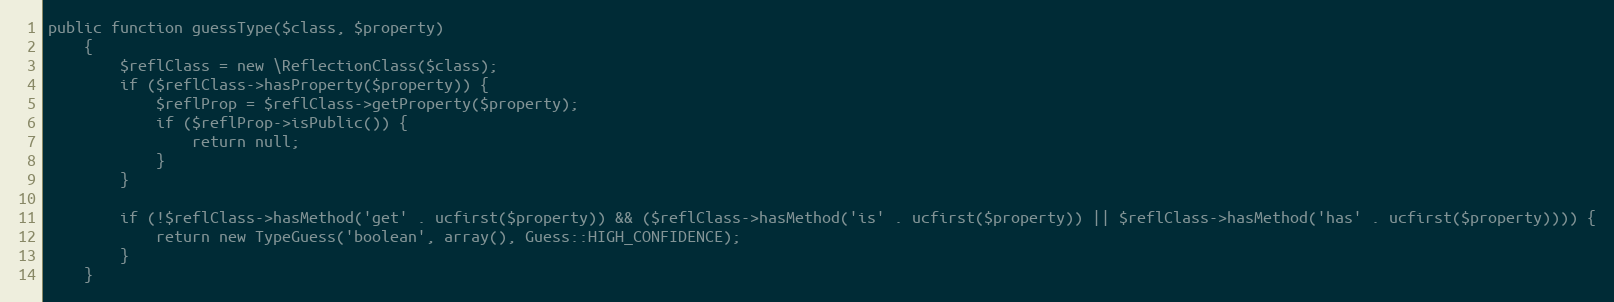
Language: PHP
public function guessType($class, $property)
    {
        $reflClass = new \ReflectionClass($class);
        if ($reflClass->hasProperty($property)) {
            $reflProp = $reflClass->getProperty($property);
            if ($reflProp->isPublic()) {
                return null;
            }
        }

        if (!$reflClass->hasMethod('get' . ucfirst($property)) && ($reflClass->hasMethod('is' . ucfirst($property)) || $reflClass->hasMethod('has' . ucfirst($property)))) {
            return new TypeGuess('boolean', array(), Guess::HIGH_CONFIDENCE);
        }
    }